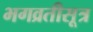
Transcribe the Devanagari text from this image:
भगव्रतीसूत्र